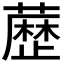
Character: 𮒃